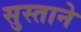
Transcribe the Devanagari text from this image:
सुस्ताने